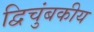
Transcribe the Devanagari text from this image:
द्विचुंबकीय